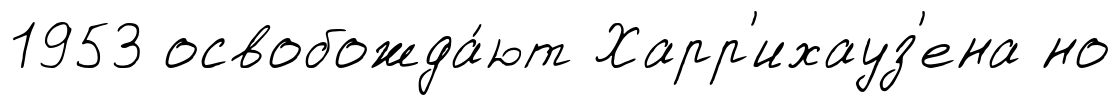
1953 освобожда́ют Харр'ихауз'ена но